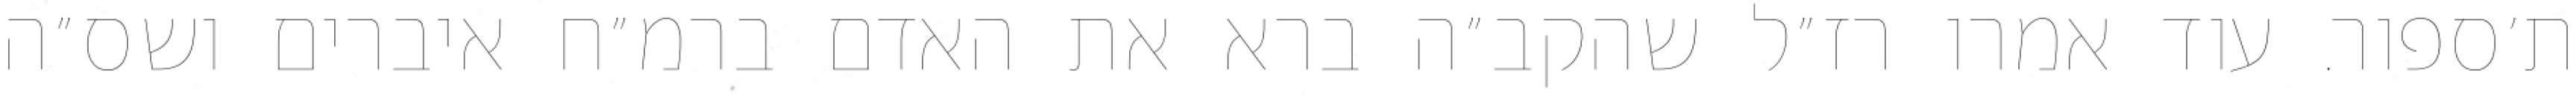
ת׳ספור. עוד אמרו רז״ל שהקב״ה ברא את האדם ברמ״ח איברים ושס״ה